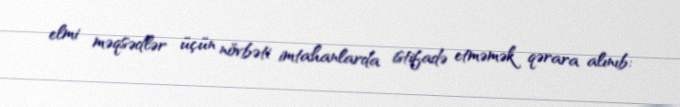
elmi məqsədlər üçün növbəti imtahanlarda istifadə etməmək qərara alınıb: